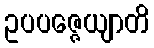
ဥပပဇ္ဇေယျာတိ